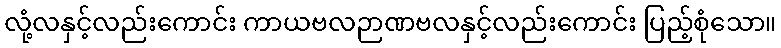
လုံ့လနှင့်လည်းကောင်း ကာယဗလဉာဏဗလနှင့်လည်းကောင်း ပြည့်စုံသော။